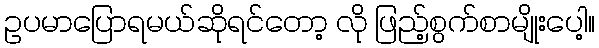
ဥပမာပြောရမယ်ဆိုရင်တော့ လို ဖြည့်စွက်စာမျိုးပေါ့။